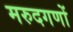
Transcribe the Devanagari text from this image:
मरुदगणों